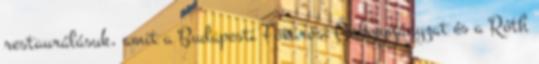
restaurálásuk, amit a Budapesti Fővárosi Önkormányzat és a Róth